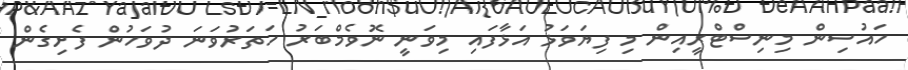
ހައުސިން މިނިސްޓްރީއިން މި ފިޔަވަޅު އަޅާފައި މިވަނީ ނޮވެމްބަރު ހަތަރުވަނަ ދުވަހުން ފެށިގެން